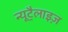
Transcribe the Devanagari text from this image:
न्यूट्रैलाइज़